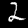
Label: 2